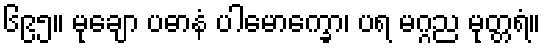
၆၉၅။ မုချော ပဓာနံ ပါမောက္ခော၊ ပရ မဂ္ဂည မုတ္တရံ။